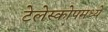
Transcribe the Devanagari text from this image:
टेलेस्कोपमध्ये